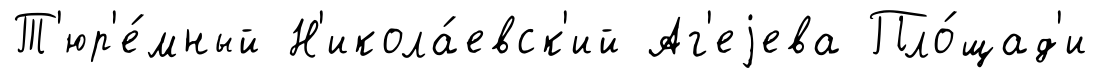
Т'юр'е́мный Н'икола́евск'ий Аг'еjева Пло́щад'и